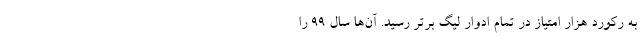
به رکورد هزار امتیاز در تمام ادوار لیگ برتر رسید. آن‌ها سال ۹۹ را